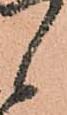
候